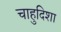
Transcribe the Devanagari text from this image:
चाहुदिशा